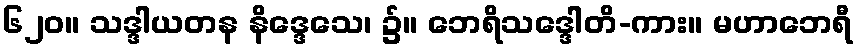
၆၂၀။ သဒ္ဒါယတန နိဒ္ဒေသေ၊ ၌။ ဘေရိသဒ္ဒေါတိ-ကား။ မဟာဘေရီ